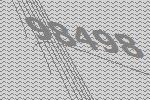
98498